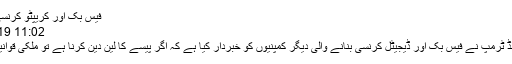
فیس بک اور کریپٹو کرنسی والے بینک کھولیں،ٹرمپ
11:02 AM , 19 October 2019
واشنگٹن: امریکی صدر ڈونلڈ ٹرمپ نے فیس بک اور ڈیجیٹل کرنسی بنانے والی دیگر کمپنیوں کو خبردار کیا ہے کہ اگر پیسے کا لین دین کرنا ہے تو ملکی قوانین کے مطابق بینک کھولیں۔